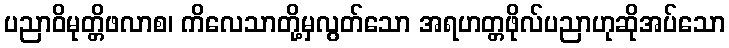
ပညာဝိမုတ္တိဖလာစ၊ ကိလေသာတို့မှလွတ်သော အရဟတ္တဖိုလ်ပညာဟုဆိုအပ်သော